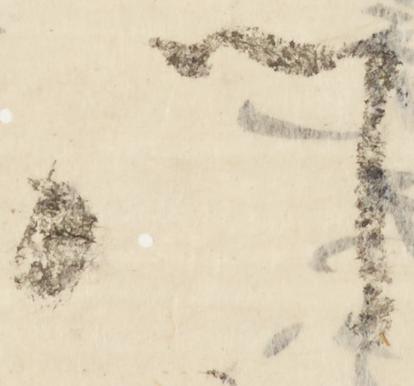
門